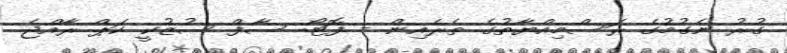
ގުރު ނެގުމުގެ ރަސްމިއްޔާތުގެ ތެރެއިން - ފޮޓޯ: ސާފް ސުޒުކީ ކަޕް ރާއްޖެ